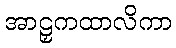
အာဠှကထာလိကာ